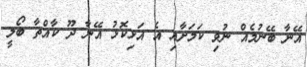
އޭނާ ބޭނުމެއް ނުވި ކަމަށާއި އެ އަޅިކޮޅު އޭނާ ދޫ ކާއްތާ ބޯލީ